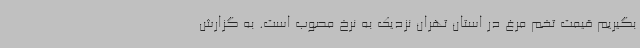
بگیریم قیمت تخم مرغ در استان تهران نزدیک به نرخ مصوب است. به گزارش